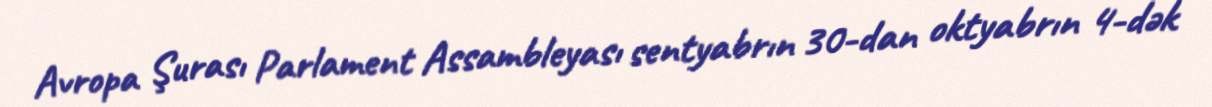
Avropa Şurası Parlament Assambleyası sentyabrın 30-dan oktyabrın 4-dək